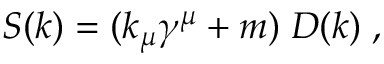
S ( k ) = ( k _ { \mu } \gamma ^ { \mu } + m ) \; D ( k ) \; ,